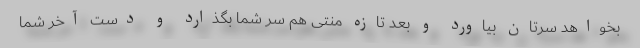
بخواهد سرتان بیاورد و بعد تازه منتی هم سر شما بگذارد و دستِ آخر شما